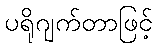
ပရိုဂျက်တာဖြင့်